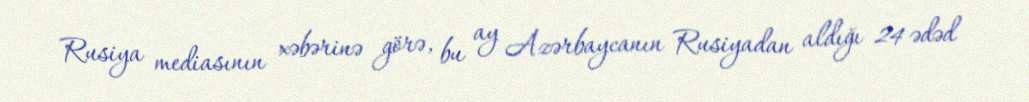
Rusiya mediasının xəbərinə görə, bu ay Azərbaycanın Rusiyadan aldığı 24 ədəd